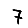
Digit: 7